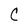
Character: C